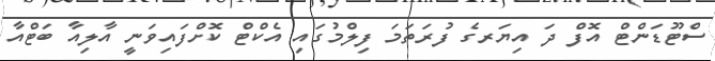
ސްޓޫޑަންޓް އޮފް ދަ އިޔަރގެ ފުރަތަމަ ފިލްމުގައި އެކްޓް ކޮށްފައިވަނީ އާލިއާ ބަޓްއާ